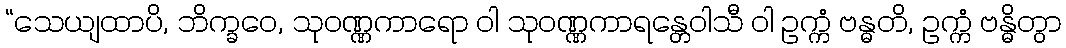
“သေယျထာပိ, ဘိက္ခဝေ, သုဝဏ္ဏကာရော ဝါ သုဝဏ္ဏကာရန္တေဝါသီ ဝါ ဥက္ကံ ဗန္ဓတိ, ဥက္ကံ ဗန္ဓိတွာ